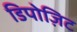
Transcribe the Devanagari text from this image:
डिपोज़िट